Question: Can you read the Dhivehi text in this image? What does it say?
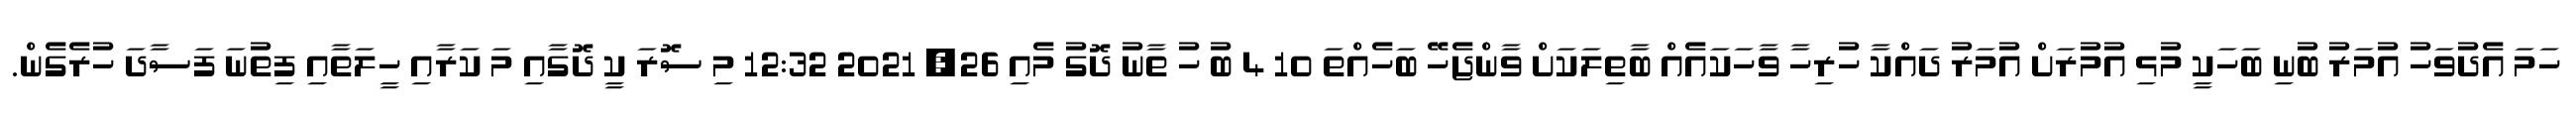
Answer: ހަމަ އެދުވަހު އުމަރު ބުނި ބަހަކީ މުޅި އުމުރަށް އުމަރު ދައްކާ ހުރިހާ ވާހަކައެއް ބާތިލަކަށް ވާންޖެހޭ ބަހެއްތަ 10 4 ބު ހު ތާނު ދޮގު މެއި 26, 2021 12:32 މި ސޮރަ ކީ ދޮގާއި މަ ކަރާއި ހީލަތާއި ފިތުނަ ފަސާދަ ހުރެގެން.